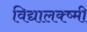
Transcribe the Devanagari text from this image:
विद्यालक्ष्मी